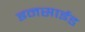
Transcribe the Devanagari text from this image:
इनसाईड